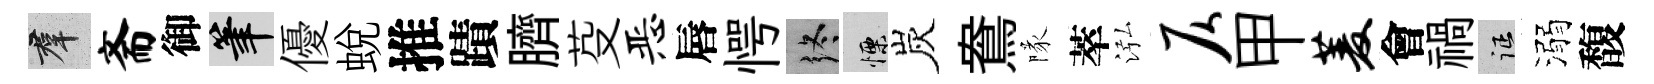
群斋御筆優蛻推蹟臍芟恶唇愕终慄炭鴦隊萃泓仄甲菱會禍征溺馥